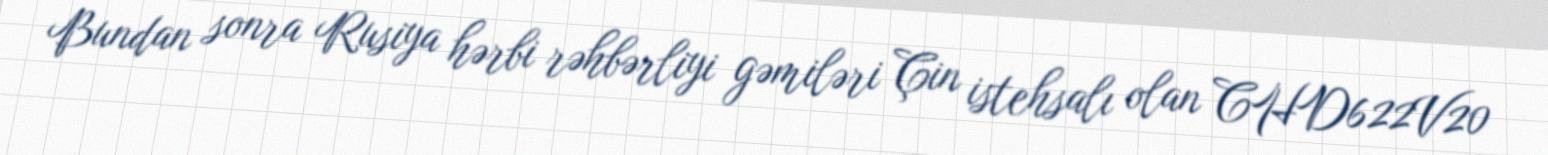
Bundan sonra Rusiya hərbi rəhbərliyi gəmiləri Çin istehsalı olan CHD622V20